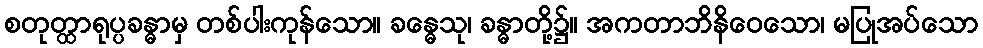
စတုတ္ထာရုပ္ပခန္ဓာမှ တစ်ပါးကုန်သော။ ခန္ဓေသု၊ ခန္ဓာတို့၌။ အကတာဘိနိဝေသော၊ မပြုအပ်သော